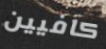
كافيين